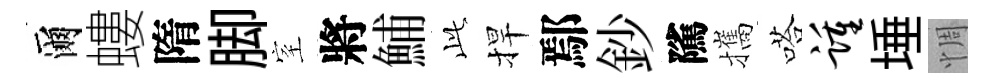
爾螻隋脚室將鯆𬼘捍鄢鈔隲攜嗒踵埵惆